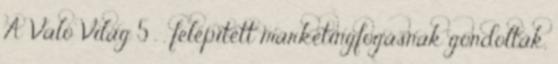
A Való Világ 5 . . felépített marketingfogásnak gondolták,